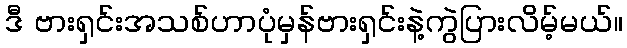
ဒီ ဗားရှင်းအသစ်ဟာပုံမှန်ဗားရှင်းနဲ့ကွဲပြားလိမ့်မယ်။